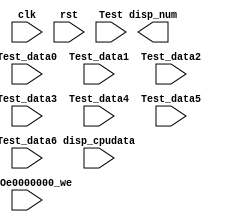
`timescale 1ns / 1ps

// nexys3MIPSSoC is a MIPS implementation originated from COAD projects
// Copyright (C) 2014  @Wenri, @dtopn, @Speed
//
// This program is free software: you can redistribute it and/or modify
// it under the terms of the GNU General Public License as published by
// the Free Software Foundation, either version 3 of the License, or
// (at your option) any later version.
//
// This program is distributed in the hope that it will be useful,
// but WITHOUT ANY WARRANTY; without even the implied warranty of
// MERCHANTABILITY or FITNESS FOR A PARTICULAR PURPOSE.  See the
// GNU General Public License for more details.
//
// You should have received a copy of the GNU General Public License
// along with this program.  If not, see <http://www.gnu.org/licenses/>.

module seven_seg_Dev_IO( input clk,
							input rst,
							input GPIOe0000000_we,
							input [2:0] Test,
							input [31:0] disp_cpudata,
							input [31:0] Test_data0,
							input [31:0] Test_data1,
							input [31:0] Test_data2,
							input [31:0] Test_data3,
							input [31:0] Test_data4,
							input [31:0] Test_data5,
							input [31:0] Test_data6,
							output[31:0] disp_num
						);

endmodule